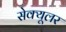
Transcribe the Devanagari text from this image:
सेक्यूलर